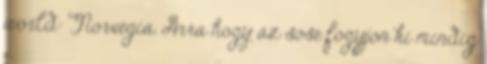
world: Norvégia. Arra hogy az sose fogyjon ki mindig